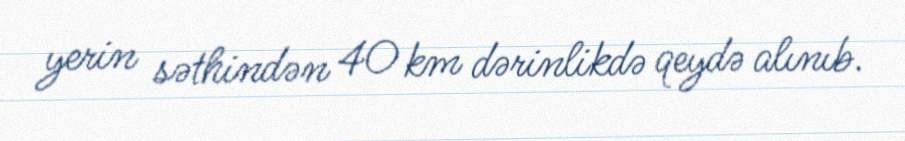
yerin səthindən 40 km dərinlikdə qeydə alınıb.